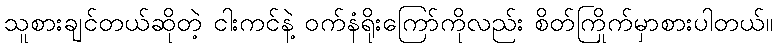
သူစားချင်တယ်ဆိုတဲ့ ငါးကင်နဲ့ ဝက်နံရိုးကြော်ကိုလည်း စိတ်ကြိုက်မှာစားပါတယ်။